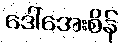
ဒေါ်အေးစိန်